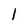
Character: 1